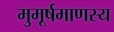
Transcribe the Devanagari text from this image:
मुमूर्षमाणस्य